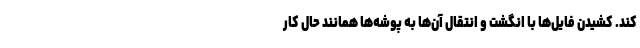
کند. کشیدن فایل‌ها با انگشت و انتقال آن‌ها به پوشه‌ها همانند حال کار